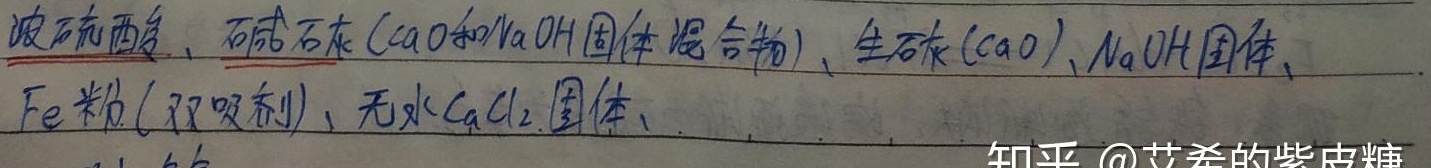
浓硫酸、碱石灰（\(CaO\)和\(NaOH\)固体混合物）、生石灰（\(CaO\)）、\(NaOH\)固体、\(Fe\)粉（双吸剂）、无水\(CaCl₂\)固体